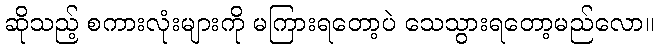
ဆိုသည့် စကားလုံးများကို မကြားရတော့ပဲ သေသွားရတော့မည်လော။